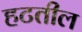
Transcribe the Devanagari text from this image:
हटतील